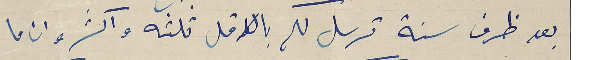
بعد ظرف سنة ترسل لهم بالاقل ثلثه واكثر وان ما